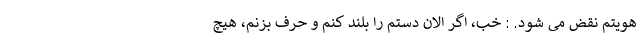
هویتم نقض می شود. : خب، اگر الان دستم را بلند کنم و حرف بزنم، هیچ